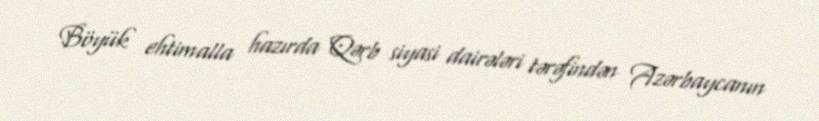
Böyük ehtimalla hazırda Qərb siyasi dairələri tərəfindən Azərbaycanın